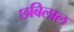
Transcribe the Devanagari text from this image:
छबिलाल